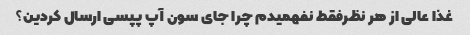
غذا عالی از هر نظرفقط نفهمیدم چرا جای سون آپ پپسی ارسال کردین؟